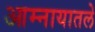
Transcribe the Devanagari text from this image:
आम्नायातले